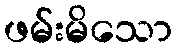
ဖမ်းမိသော